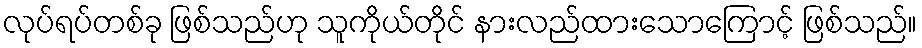
လုပ်ရပ်တစ်ခု ဖြစ်သည်ဟု သူကိုယ်တိုင် နားလည်ထားသောကြောင့် ဖြစ်သည်။